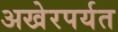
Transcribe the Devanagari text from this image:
अखेरपर्यत